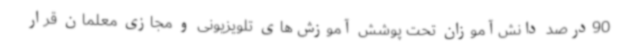
90درصد دانش‌آموزان تحت پوشش آموزش‌های تلویزیونی و مجازی معلمان قرار